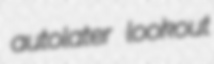
autolater lookout